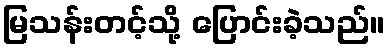
မြသန်းတင့်သို့ ပြောင်းခဲ့သည်။